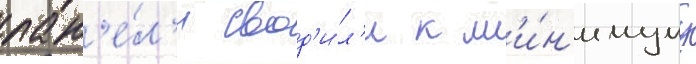
пан'е́л'и свод'и́л'и к м'и́н'имуму